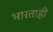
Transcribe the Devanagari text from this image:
भारताही